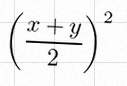
\left(\frac{x+y}{2}\right)^2